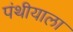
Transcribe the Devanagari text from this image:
पंथीयाला